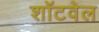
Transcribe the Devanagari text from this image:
शॉटवेल